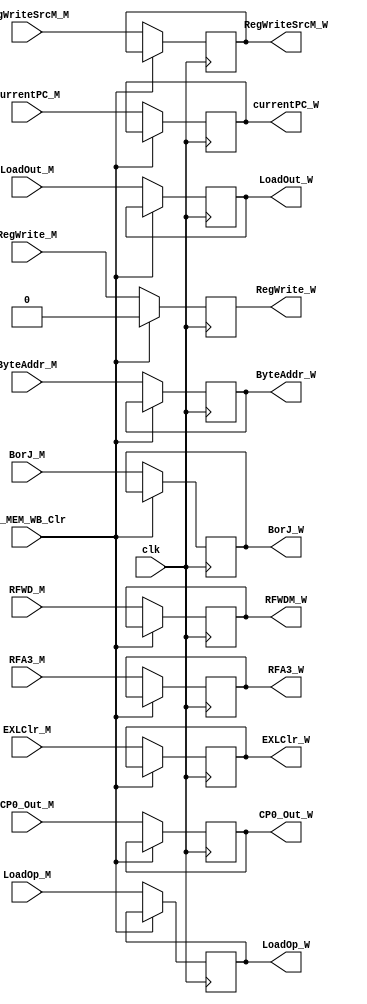
`timescale 1ns / 1ps
//////////////////////////////////////////////////////////////////////////////////
// Company: 
// Engineer: 
// 
// Design Name: 
// Module Name:    PR_MEM_WB 
// Project Name: 
// Target Devices: 
// Tool versions: 
// Description: 
//
// Dependencies: 
//
// Revision: 
// Revision 0.01 - File Created
// Additional Comments: 
//
//////////////////////////////////////////////////////////////////////////////////
module PR_MEM_WB(/*autoport*/
//output
			LoadOut_W,
			ByteAddr_W,
			RFA3_W,
			RFWDM_W,
			RegWrite_W,
			RegWriteSrcM_W,
			LoadOp_W,
			CP0_Out_W,
			currentPC_W,
			BorJ_W,
			EXLClr_W,
//input
			clk,
			PR_MEM_WB_Clr,
			LoadOut_M,
			ByteAddr_M,
			RFA3_M,
			RFWD_M,
			RegWrite_M,
			RegWriteSrcM_M,
			LoadOp_M,
			CP0_Out_M,
			currentPC_M,
			BorJ_M,
			EXLClr_M);
	input clk;
	input PR_MEM_WB_Clr;
	
	input [31:0] LoadOut_M;
	input [1:0] ByteAddr_M;
	input [4:0] RFA3_M;
	input [31:0] RFWD_M;
	input RegWrite_M;
	input [1:0] RegWriteSrcM_M;
	input [2:0] LoadOp_M;
	input [31:0] CP0_Out_M;
	input [31:0] currentPC_M;
	input BorJ_M;
	input EXLClr_M;
	
	output reg [31:0] LoadOut_W;
	output reg [1:0] ByteAddr_W;
	output reg [4:0] RFA3_W;
	output reg [31:0] RFWDM_W;
	output reg RegWrite_W;
	output reg [1:0] RegWriteSrcM_W;
	output reg [2:0] LoadOp_W;
	output reg [31:0] CP0_Out_W;
	output reg [31:0] currentPC_W;
	output reg BorJ_W;
	output reg EXLClr_W;

	always@(posedge clk)
		begin
			if(PR_MEM_WB_Clr)
				begin
					RegWrite_W<=0;
				end
			else
				begin
					LoadOut_W<=LoadOut_M;
					ByteAddr_W<=ByteAddr_M;
					RFA3_W<=RFA3_M;
					RFWDM_W<=RFWD_M;
					RegWrite_W<=RegWrite_M;
					RegWriteSrcM_W<=RegWriteSrcM_M;
					LoadOp_W<=LoadOp_M;

					CP0_Out_W<=CP0_Out_M;	
					currentPC_W<=currentPC_M;
					BorJ_W<=BorJ_M;
					EXLClr_W<=EXLClr_M;
				end
		end

endmodule